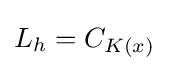
L_{h}=C_{K(x)}